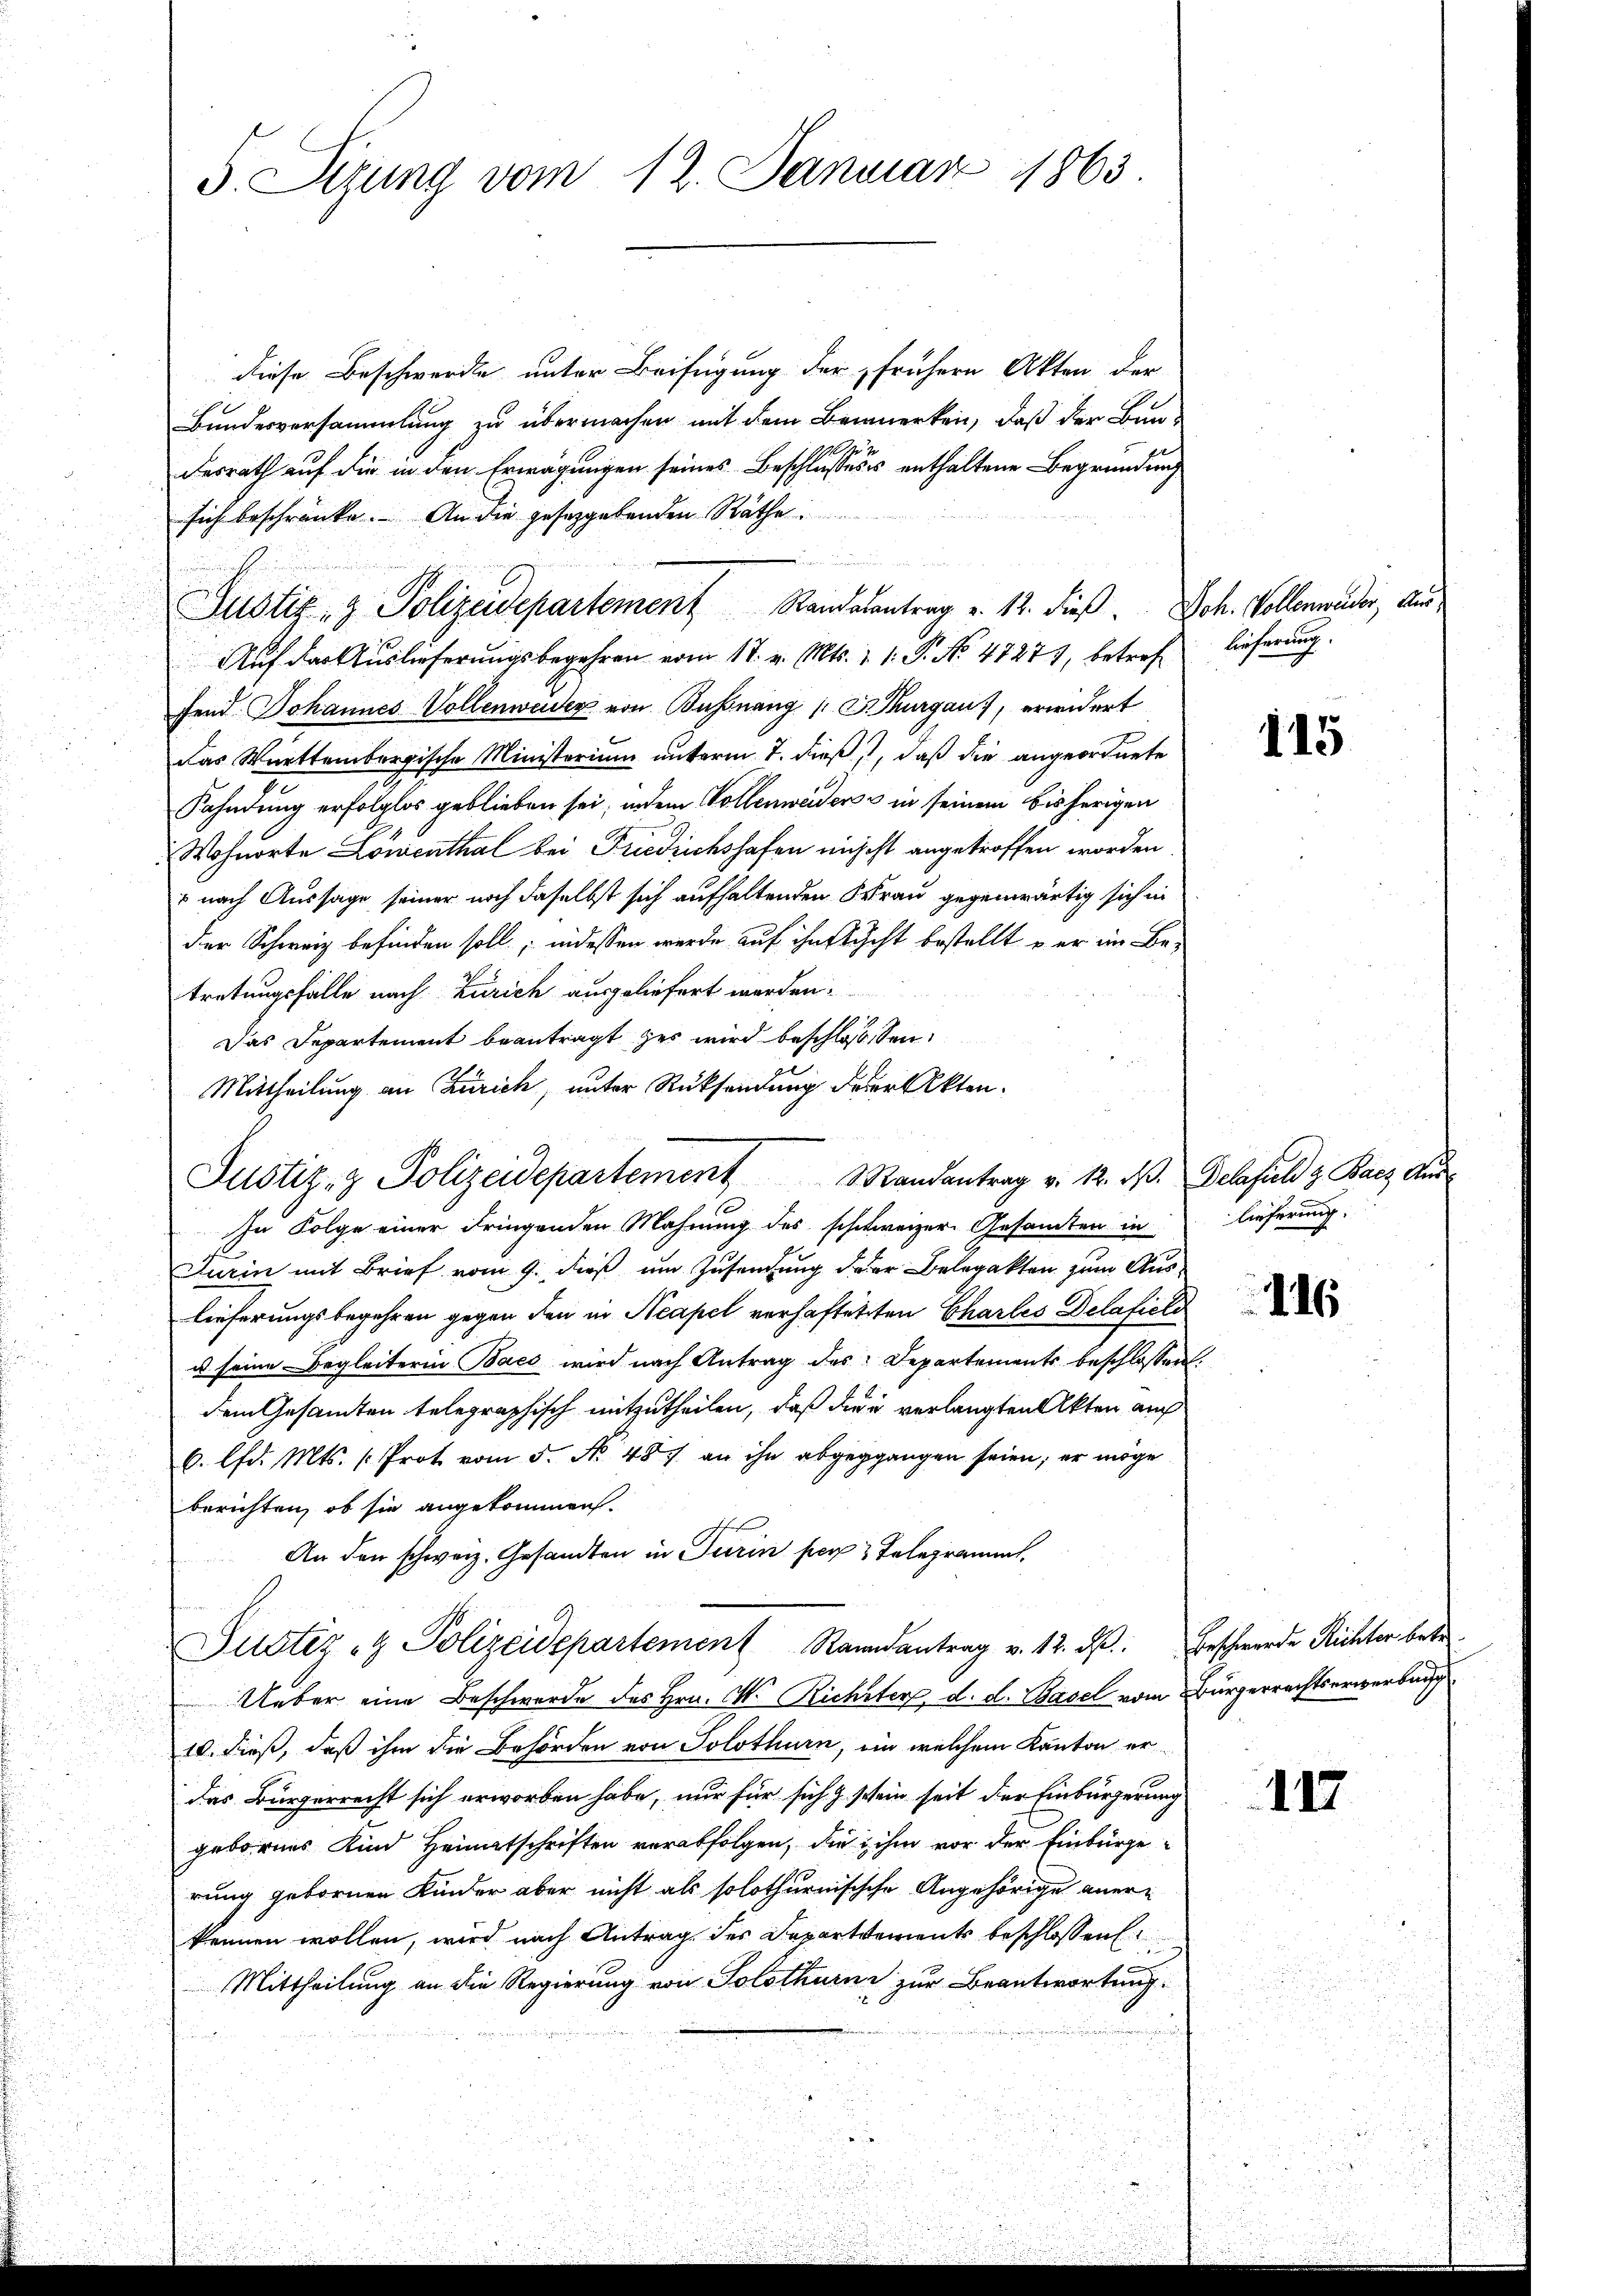
5. Sizung vom 12. Januar 1863.

diese Beschwerde unter Beifügung der frühern Akten der
Bundesversammlung zu übermachen mit dem Bemerken, daß der Bun-
desrath auf die in den Erwägungen seines Beschlusseses enthaltene Begründung
sich beschränke. An die gesetzgebenden Räthe
Justiz- & Polizeidepartement Standesantrag v. 12. dieß. Joh. Vollenweider, Aus¬
Auf das Auslieferungsbegehren vom 17. v. Mts. 1. 1. P. No. 47271, betref
fend Johannes Vollenweider von Bussnang Thurgau), erwidert
das Württembergische Ministerium unterm 7. dieß, daß die angeordnete
Kahndung erfolglos geblieben sei, indem Vollenweiders in seinem bisherigen
Wohnorte Lowenthal bei Friedrichshofen nicht angetroffen worden.
 nach Aussage seiner noch daselbst sich aufhaltenden Frau gegenwärtig sich in
der Schweiz befinden soll; indessen werde auf ihn sicht bestellt u. er im Betretungsfälle nach Zürich ausgeliefert werden.
Das Departement beantragt zur wird beschlossen.
Mittheilung an Zürich, unter Rücksendung derer Akten¬
In Folge einer dringenden Mahnung des schweizer Gesandten in
Turin mit Brief vom 9. dieß um Zusendung der Belegakten zum Aus-
lieferungsbegehren gegen den in Neapel verhaftetten Charles Delafiele
u seine Begleiterin Bacs wird nach Antrag des Departements beschlossen,
dem Gesamten telegraphisch mitzutheilen, daß diese verlangten Akten auch
6. lfd. Mts. (Prot. vom 5. No. 487. an ihn abgeggangen seien; er möge
berichten, ob sie angekommen.
An den schweiz. Gesandten in Turin per Telegrammt
Justiz & Polizeidepartement Randantrag v. 12. ds. Beschwerde Richter betr.
Ueber eine Beschwerde des Hrn. M. Richter, d. d. Basel vom Bürgerrechtserwerbung
10. dieß, daß ihm die Behörden von Solothurn, ein welchem Kanton erdas Bürgerrecht sich erworben habe, nur für sich z. schein seit der Einbürgerung
geborens Kind Heimatschriften verabfolgen, die ihm vor der Einbürge
rung gebornen Kinder aber nicht als solothurnisische Angehörige anerkennen wollen, wird nach Antrag des Departements beschlossen
Mittheilung an die Regierung von Solothurni zur Beantwortung.

Justiz- & Polizeidepartement andantrag v. 12. d. Gelafield z. Bacz dur

lieferung.

115

lieferung.

116

117